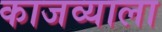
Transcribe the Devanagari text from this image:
काजव्याला